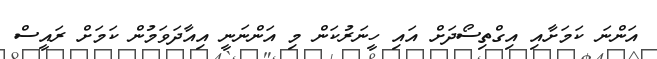
އަންނަ ކަމަށާއި އިގްތިސޯދަށް އައި ހީނަރުކަން މި އަންނަނީ އިއާދަވަމުން ކަމަށް ރައީސް